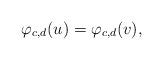
LaTeX: \begin{align*} \varphi_{c,d}(u) = \varphi_{c,d}(v),\end{align*}